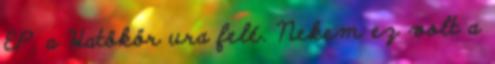
EP. a Hatökör ura felé. Nekem ez volt a